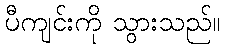
ပီကျင်းကို သွားသည်။